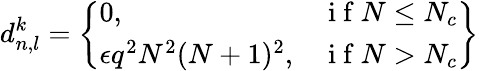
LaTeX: d_{n,l}^{k}=\left\{ \begin{array}{lr}{0,}&{\mathrm{~i~f~}N\leq N_{c}}\\ {\epsilon q^{2}N^{2}(N+1)^{2},}&{\mathrm{~i~f~}N>N_{c}}\end{array}\right\}